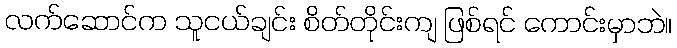
လက်ဆောင်က သူငယ်ချင်း စိတ်တိုင်းကျ ဖြစ်ရင် ကောင်းမှာဘဲ။